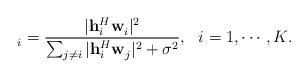
LaTeX: \begin{align*}^{}_i = \frac{|\mathbf{h}_i^{H}\mathbf{w}^{}_i|^2}{\sum_{j \neq i}|\mathbf{h}_i^{H}\mathbf{w}^{}_j|^2 + \sigma^2}, ~~ i = 1,\cdots, K.\end{align*}